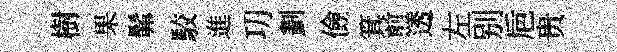
樹果髴駮進㓛劃儉箕煎透左别巵贵